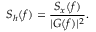
S _ { h } ( f ) = \frac { S _ { x } ( f ) } { | G ( f ) | ^ { 2 } } .